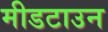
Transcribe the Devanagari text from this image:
मीडटाउन